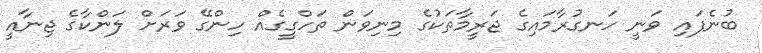
ބުނެފައި ވަނީ ހަނގުރާމައިގެ ޖަރީމާތަކުގެ މިނިވަން ތަހްގީގެއް ހިންގޭ ވަރަށް ލަންކާގެ ޖިނާއީ